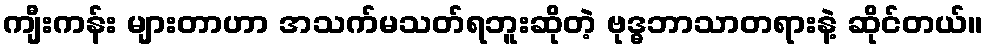
ကျီးကန်း များတာဟာ အသက်မသတ်ရဘူးဆိုတဲ့ ဗုဒ္ဓဘာသာတရားနဲ့ ဆိုင်တယ်။